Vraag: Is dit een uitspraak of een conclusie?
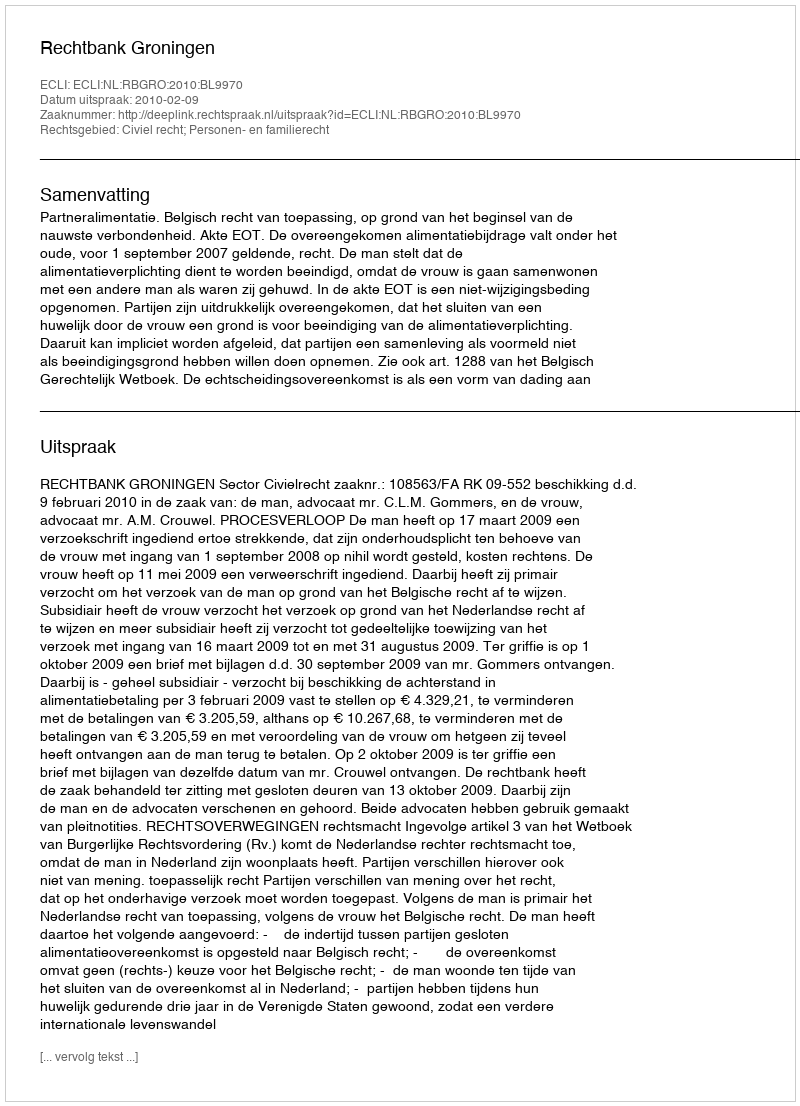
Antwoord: Uitspraak